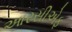
આરસીએફ